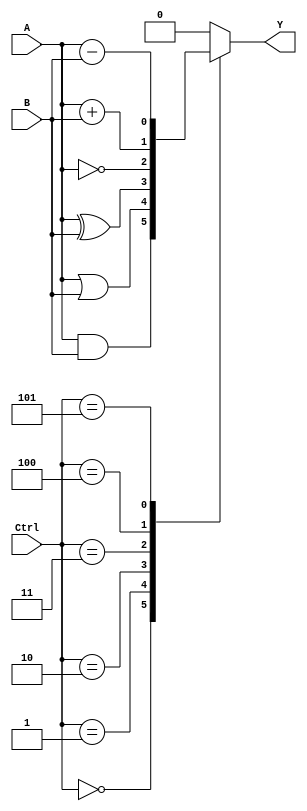
module ALU(
    input wire A,
    input wire B,
    input wire [2:0] Ctrl,
    output reg Y
);

// Adder
assign add_out = A + B;

// Subtractor
assign sub_out = A - B;

// AND gate
assign and_out = A & B;

// OR gate
assign or_out = A | B;

// XOR gate
assign xor_out = A ^ B;

always @(*)
begin
    case(Ctrl)
        3'b000: Y = and_out; // AND operation
        3'b001: Y = or_out; // OR operation
        3'b010: Y = xor_out; // XOR operation
        3'b011: Y = ~A; // NOT operation
        3'b100: Y = add_out; // Addition
        3'b101: Y = sub_out; // Subtraction
        default: Y = 1'b0; // Default to 0 output
    endcase
end

endmodule